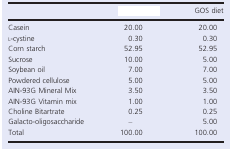
<table><thead><tr><td>[EMPTY_CELL]</td><td>[EMPTY_CELL]</td><td><b>GOS diet</b></td></tr></thead><tbody><tr><td>Casein</td><td>20.00</td><td>20.00</td></tr><tr><td>l‐cystine</td><td>0.30</td><td>0.30</td></tr><tr><td>Corn starch</td><td>52.95</td><td>52.95</td></tr><tr><td>Sucrose</td><td>10.00</td><td>5.00</td></tr><tr><td>Soybean oil</td><td>7.00</td><td>7.00</td></tr><tr><td>Powdered cellulose</td><td>5.00</td><td>5.00</td></tr><tr><td>AIN‐93G Mineral Mix</td><td>3.50</td><td>3.50</td></tr><tr><td>AIN‐93G Vitamin mix</td><td>1.00</td><td>1.00</td></tr><tr><td>Choline Bitartrate</td><td>0.25</td><td>0.25</td></tr><tr><td>Galacto‐oligosaccharide</td><td>–</td><td>5.00</td></tr><tr><td>Total</td><td>100.00</td><td>100.00</td></tr></tbody></table>